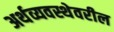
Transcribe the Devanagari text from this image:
अर्थव्यवस्थेवरील